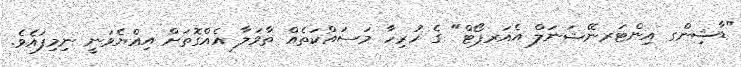
"ޑާޝިންގ އިންޓަރނޭޝަނަލް އެއަރޕޯޓް" ގެ ހުރިހާ މަސައްކަތެއް ތާވަލާ އެއްގޮތަށް އިއްޔެވަނީ ނިމިފައެވެ.